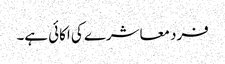
فرد معاشرے کی اکائی ہے۔